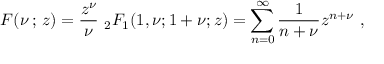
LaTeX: { \cal F } ( \nu \, ; \, z ) = \frac { z ^ { \nu } } { \nu } \ _ { 2 } F _ { 1 } ( 1 , \nu ; 1 + \nu ; z ) = \sum _ { n = 0 } ^ { \infty } \frac { 1 } { n + \nu } z ^ { n + \nu } ~ ,